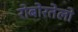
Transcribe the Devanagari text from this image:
रोबोरतेलो